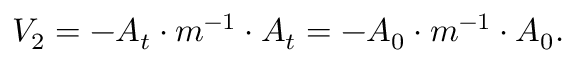
V _ { 2 } = - A _ { t } \cdot m ^ { - 1 } \cdot A _ { t } = - A _ { 0 } \cdot m ^ { - 1 } \cdot A _ { 0 } .